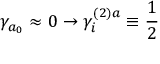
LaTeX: \gamma _ { a _ { 0 } } \approx 0 \rightarrow \gamma _ { i } ^ { ( 2 ) a } \equiv \frac { 1 } { 2 }